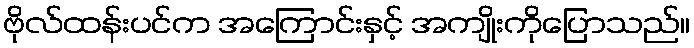
ဗိုလ်ထန်းပင်က အကြောင်းနှင့် အကျိုးကိုပြောသည်။